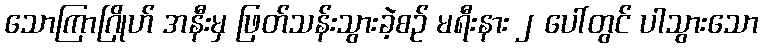
သောကြာဂြိုဟ် အနီးမှ ဖြတ်သန်းသွားခဲ့စဉ် မရီးနား ၂ ပေါ်တွင် ပါသွားသော